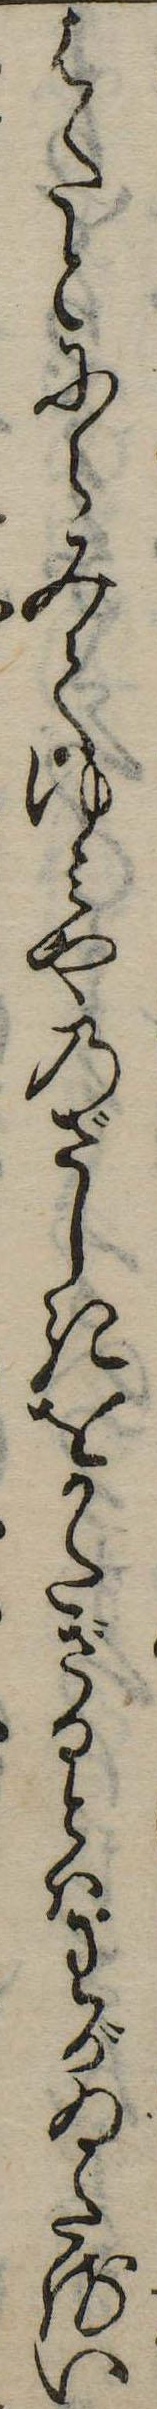
はたとにらみてゆみやのざしきをかたざるとはわがゐたるい